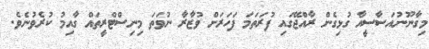
މިގާނޫނުއަސާސީއާ ގުޅިގެން ރާއްޖޭގައި ފުރަތަމަ ފަހަރަށް ވުޒާރާ ނުވަތަ މިނިސްޓްރީތައް ގާއިމު ކުރެވުނެވެ.